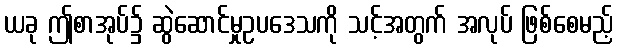
ယခု ဤစာအုပ်၌ ဆွဲဆောင်မှုဥပဒေသကို သင့်အတွက် အလုပ် ဖြစ်စေမည့်